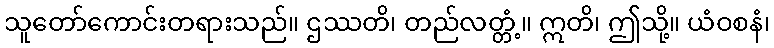
သူတော်ကောင်းတရားသည်။ ဌဿတိ၊ တည်လတ္တံ့။ ဣတိ၊ ဤသို့။ ယံဝစနံ၊